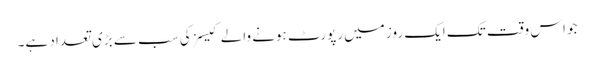
جو اس وقت تک ایک روز میں رپورٹ ہونے والے کیسز کی سب سے بڑی تعداد ہے۔